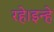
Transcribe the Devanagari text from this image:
रहे।इन्हे